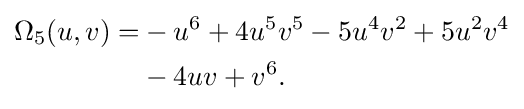
{\begin{aligned}\Omega _{5}(u,v)=&-u^{6}+4u^{5}v^{5}-5u^{4}v^{2}+5u^{2}v^{4}\\&-4uv+v^{6}.\end{aligned}}